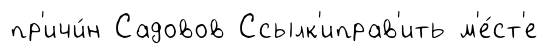
пр'ичи́н Садовов Ссылк'иправ'ить м'е́ст'е